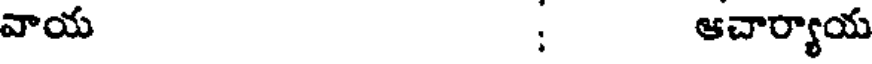
వాయ ; ఆచార్యాయ